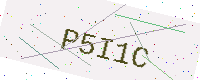
Text: P5I1C